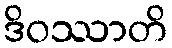
ဒိဝဿာတိ